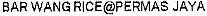
BAR WANG RICE@PERMAS JAYA